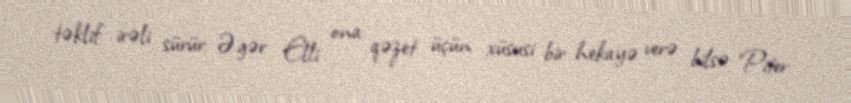
təklif irəli sürür: Əgər Elli ona qəzet üçün xüsusi bir hekayə verə bilsə Piter